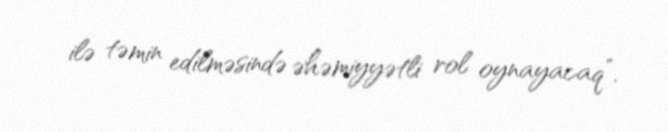
ilə təmin edilməsində əhəmiyyətli rol oynayacaq”.